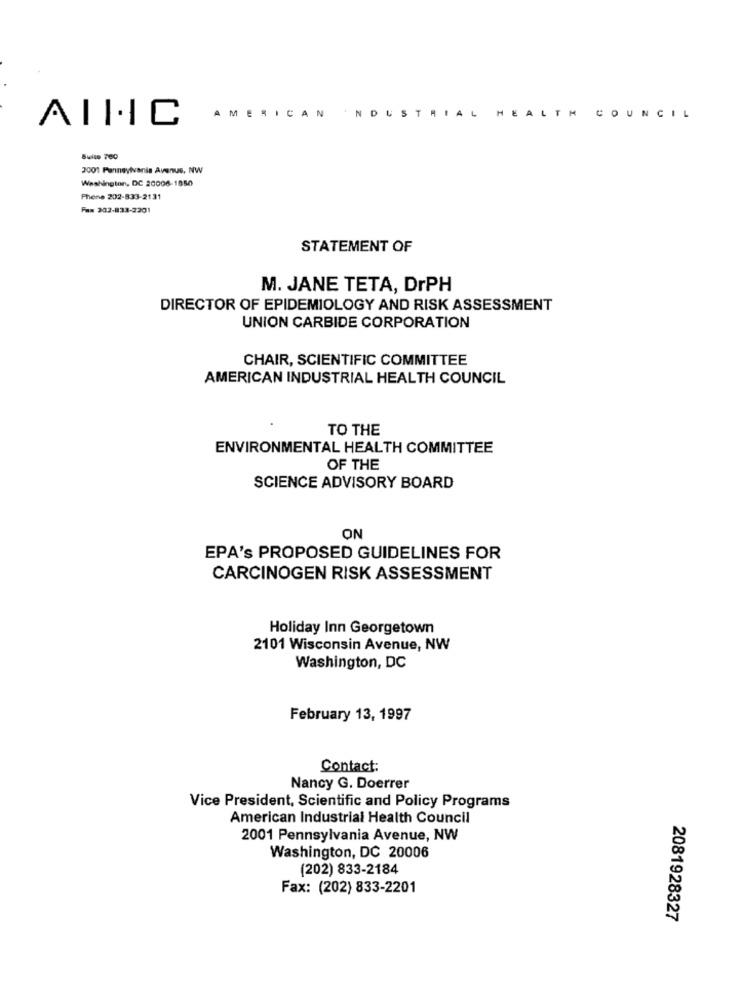
NDUSTRIAL
AMERICAN .
HEALTH COUNCIL
AIIC
Suite 760
2001 Pennsylvania Avenue, NW
Washington, DC 20006-1850
Phone 202-833-2131
Fax 302-833-2201
STATEMENT OF
M. JANE TETA, DrPH
DIRECTOR OF EPIDEMIOLOGY AND RISK ASSESSMENT
UNION CARBIDE CORPORATION
CHAIR, SCIENTIFIC COMMITTEE
AMERICAN INDUSTRIAL HEALTH COUNCIL
TO THE
ENVIRONMENTAL HEALTH COMMITTEE
OF THE
SCIENCE ADVISORY BOARD
ON
EPA's PROPOSED GUIDELINES FOR
CARCINOGEN RISK ASSESSMENT
Holiday Inn Georgetown
2101 Wisconsin Avenue, NW
Washington, DC
February 13, 1997
Contact:
Nancy G. Doerrer
Vice President, Scientific and Policy Programs
American Industrial Health Council
2001 Pennsylvania Avenue, NW
Washington, DC 20006
(202) 833-2184
Fax: (202) 833-2201
2081928327